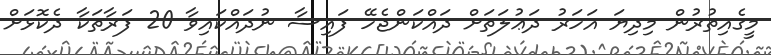
މީގެއިތުރުން މިދިޔަ އަހަރު ދަޢުލަތަށް ދައްކަންޖެހޭ ފައިސާ ނުދައްކައިވާ 20 ފަރާތަކާ ދެކޮޅަށް